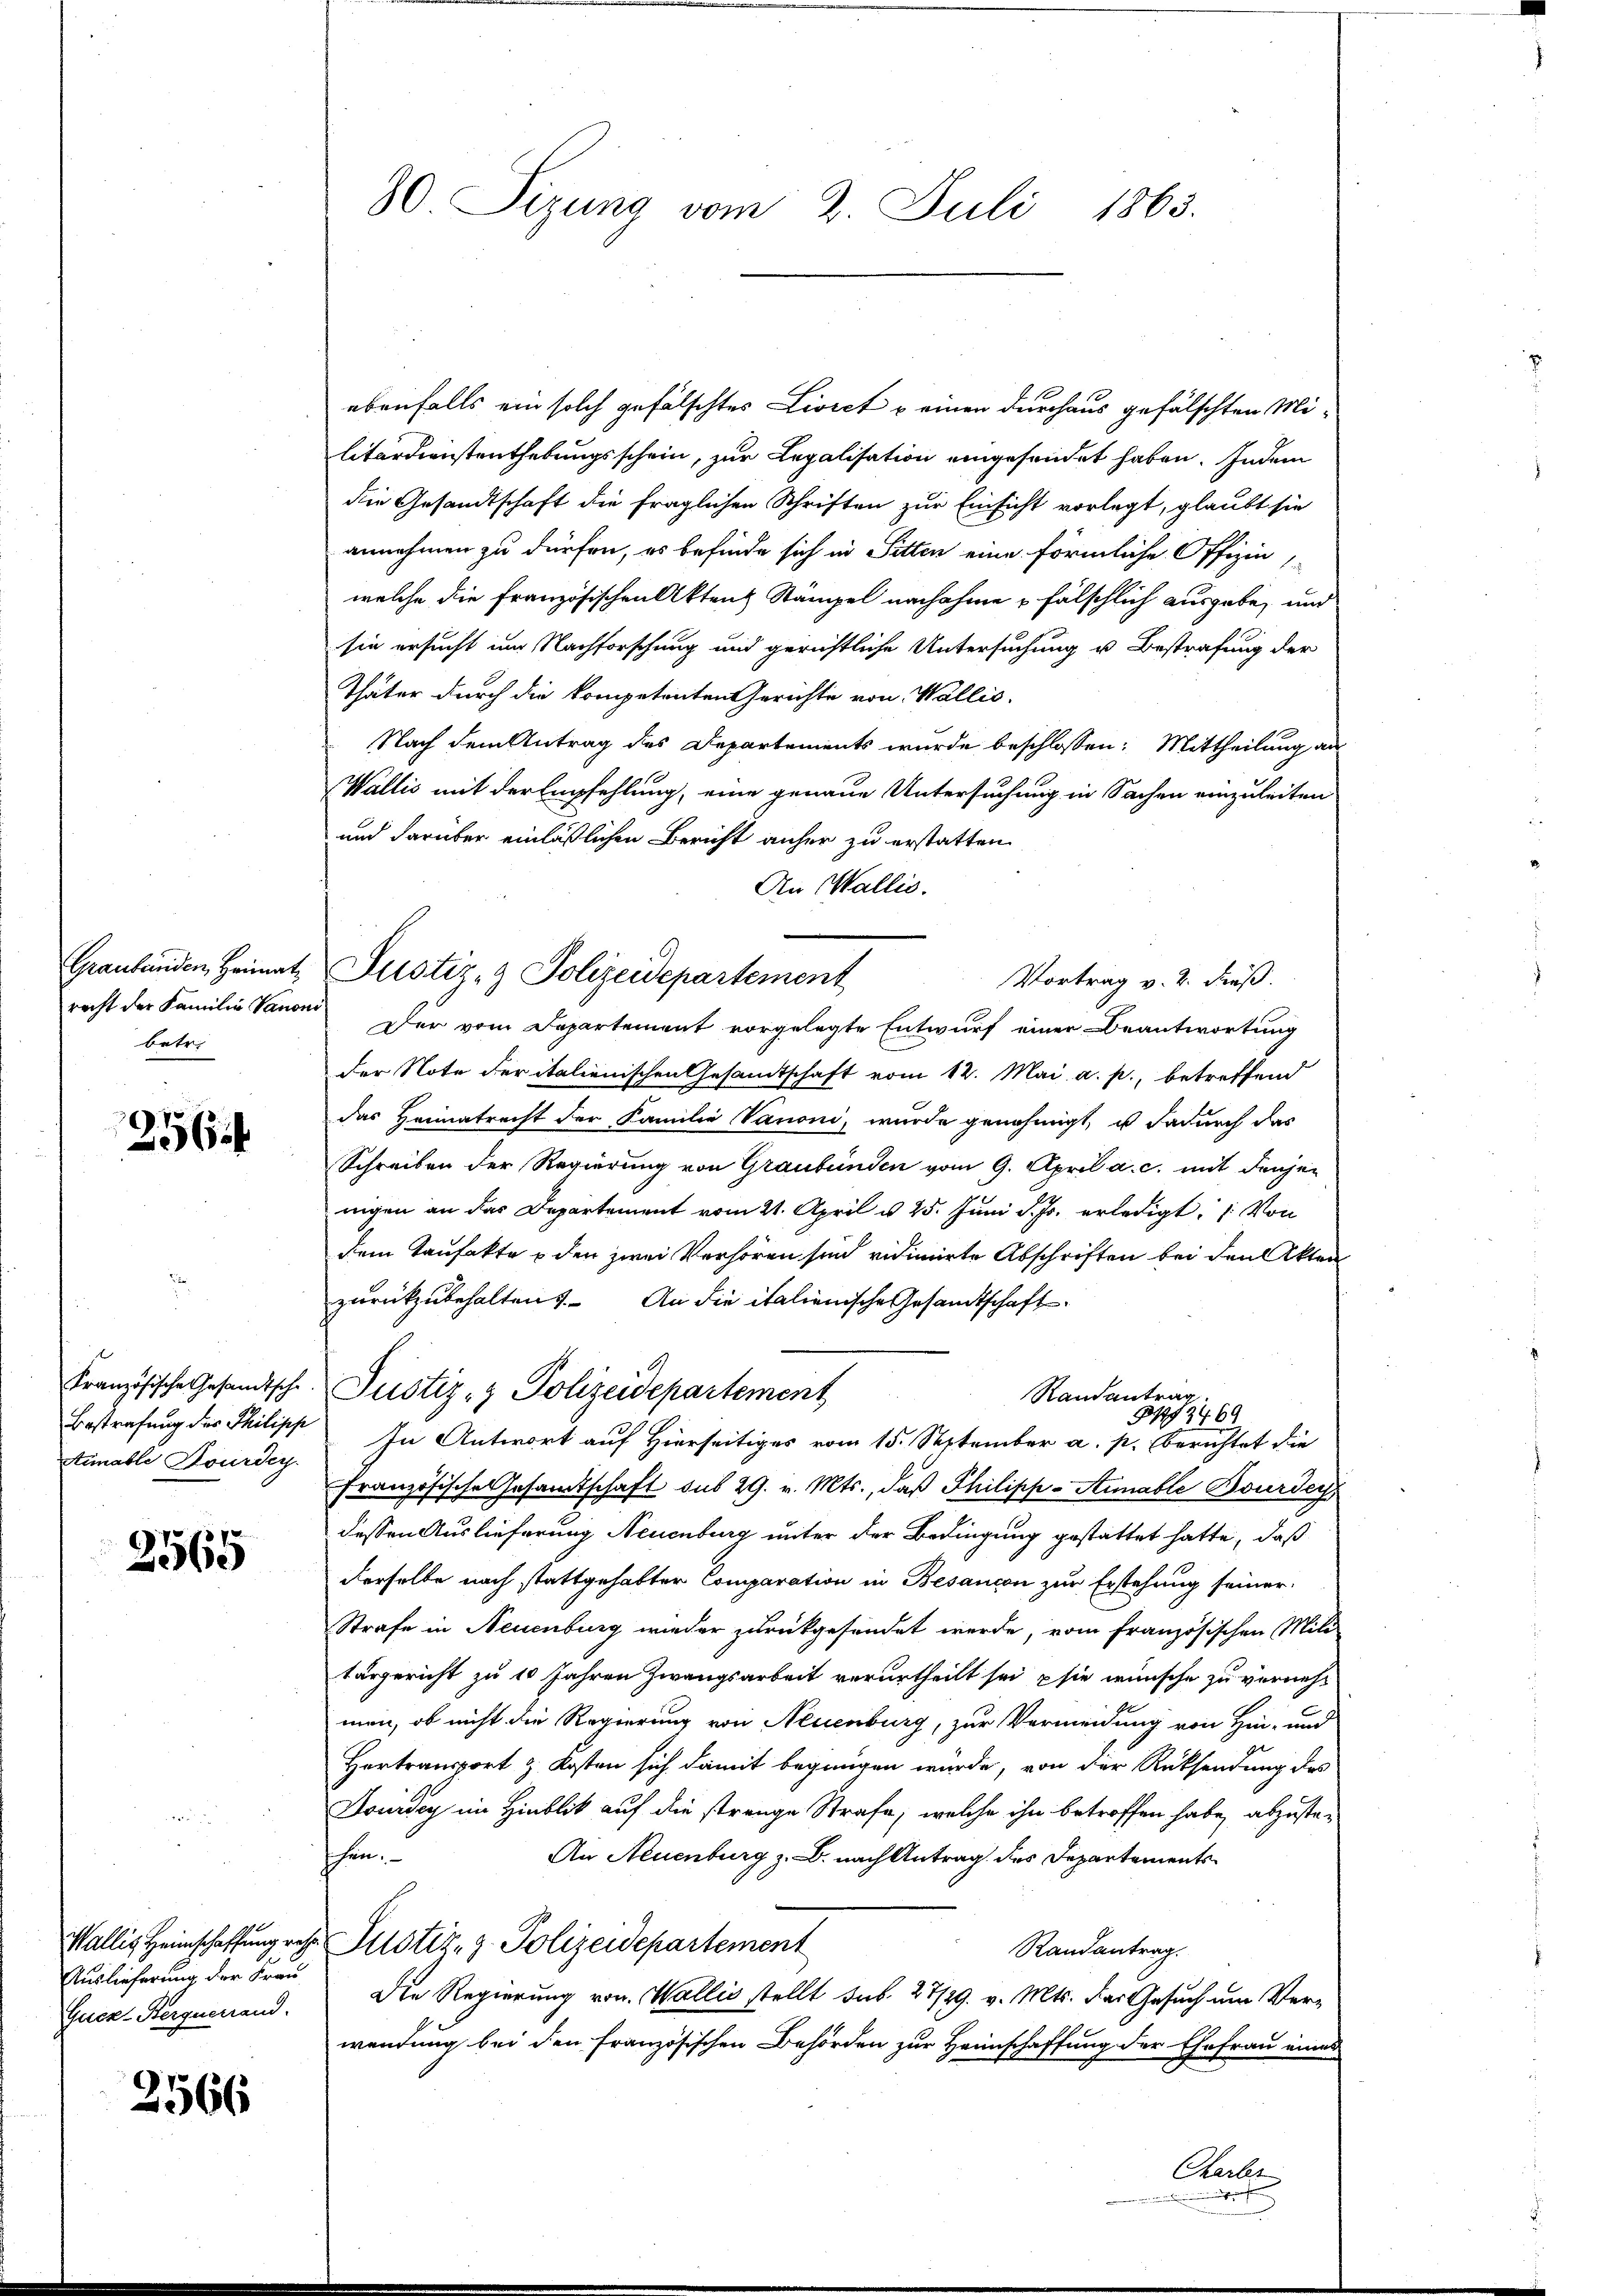
Graubünden Heimat
betr.

256

Bestrafung des Philipp
Simable Dourdey

2565

Auslieferung der Frau
Guck-Herquerand.

2566

80. Sizung vom 2. Juli 1863.

ebenfalls ein solch gefälschtes Livret u einen durchaus gefälschten Militardinistenthebungsschein, zur Legalisation eingesendet haben. Indem
die Gesandtschaft die fraglichen Schriften zur Einsicht vorlegt, glaubt sie
annehmen zu dürfen, es befinde sich in Sitten eine förmliche Offizia,
welche die Französischen Aktenz Stämpel nachahme & fälschlich ausgabe, und
sie ersucht um Nachforschung und gerichtliche Untersuchung u. Bestrafung der
Thäter durch die kompetenten Gerichte von Wallis.
Nach dem Antrag des Departements wurde beschlossen: Mittheilung an
Wallis mit der Empfehlung, eine genaue Untersuchung in Sachen einzuleiten
und darüber einläßlichen Bericht anher zu erstatten.
An Wallis.
recht der Familie Kanon. Der vom Departement vorgelegte Entwurf einer Beantwortung
der Note der italienischen Gesandtschaft vom 12. Mai a. p., betreffend
das Heimatrecht der Familie Vanoni, wurde genehmigt, u dadurch das
Schreiben der Regierung von Graubünden vom 9. April a. c. mit denjen
nigen an das Departement vom 21. April u. 25. Juni d. Js. erledigt: 1. Von
dem Taufakte u den zwei Verhören sind vidimirte Abschriften bei den Akten
zurückzubehalten. An die italienische Gesandtschaft
Französische Gesandtsche Justiz- & Polizeidepartement
Randantrag.
13469
In Antwort auf Hierseitiges vom 15. September a. p. berichtet die
Französische Gesamtschaft aus 29. v. Mts., daß Philipp-Simable Bourde
dessen Auslieferung Neuenburg unter der Bedingung gestattet hatte, daß
derselbe nach stattgehabter Comparation in Besancon zur Erstehung seiner
Strafe in Neuenburg wieder zurückgesendet werde, vom französischen Mili
tärgericht zu 10 Jahren Zwangsarbeit verurtheilt sei, sie wünsche zu vernehmen, ob nicht die Regierung von Neuenburg, zur Vermeidung von Hin- und
Hortransport & Kosten sich damit begnügen würde, von der Rücksendung des
Sourdig im Hinblick auf die strenge Strafe, welche ihn betroffen habe, abzuste¬
An Neuenburg z. B. nach Antrag des Departements
schen.
Wallis Heimschaffung des Justiz- & Polizeidepartement
Randantrag.
Die Regierung von Wallis stellt sub. 27/29. v. Mts. das Gesuch um Verwendung bei den Französischen Behörden zur Heimschaffung der Ehefrau eines
Charber

Justiz- & Polizeidepartement

Vortrag v. 2. Fieß.